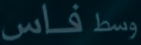
وسط فاس